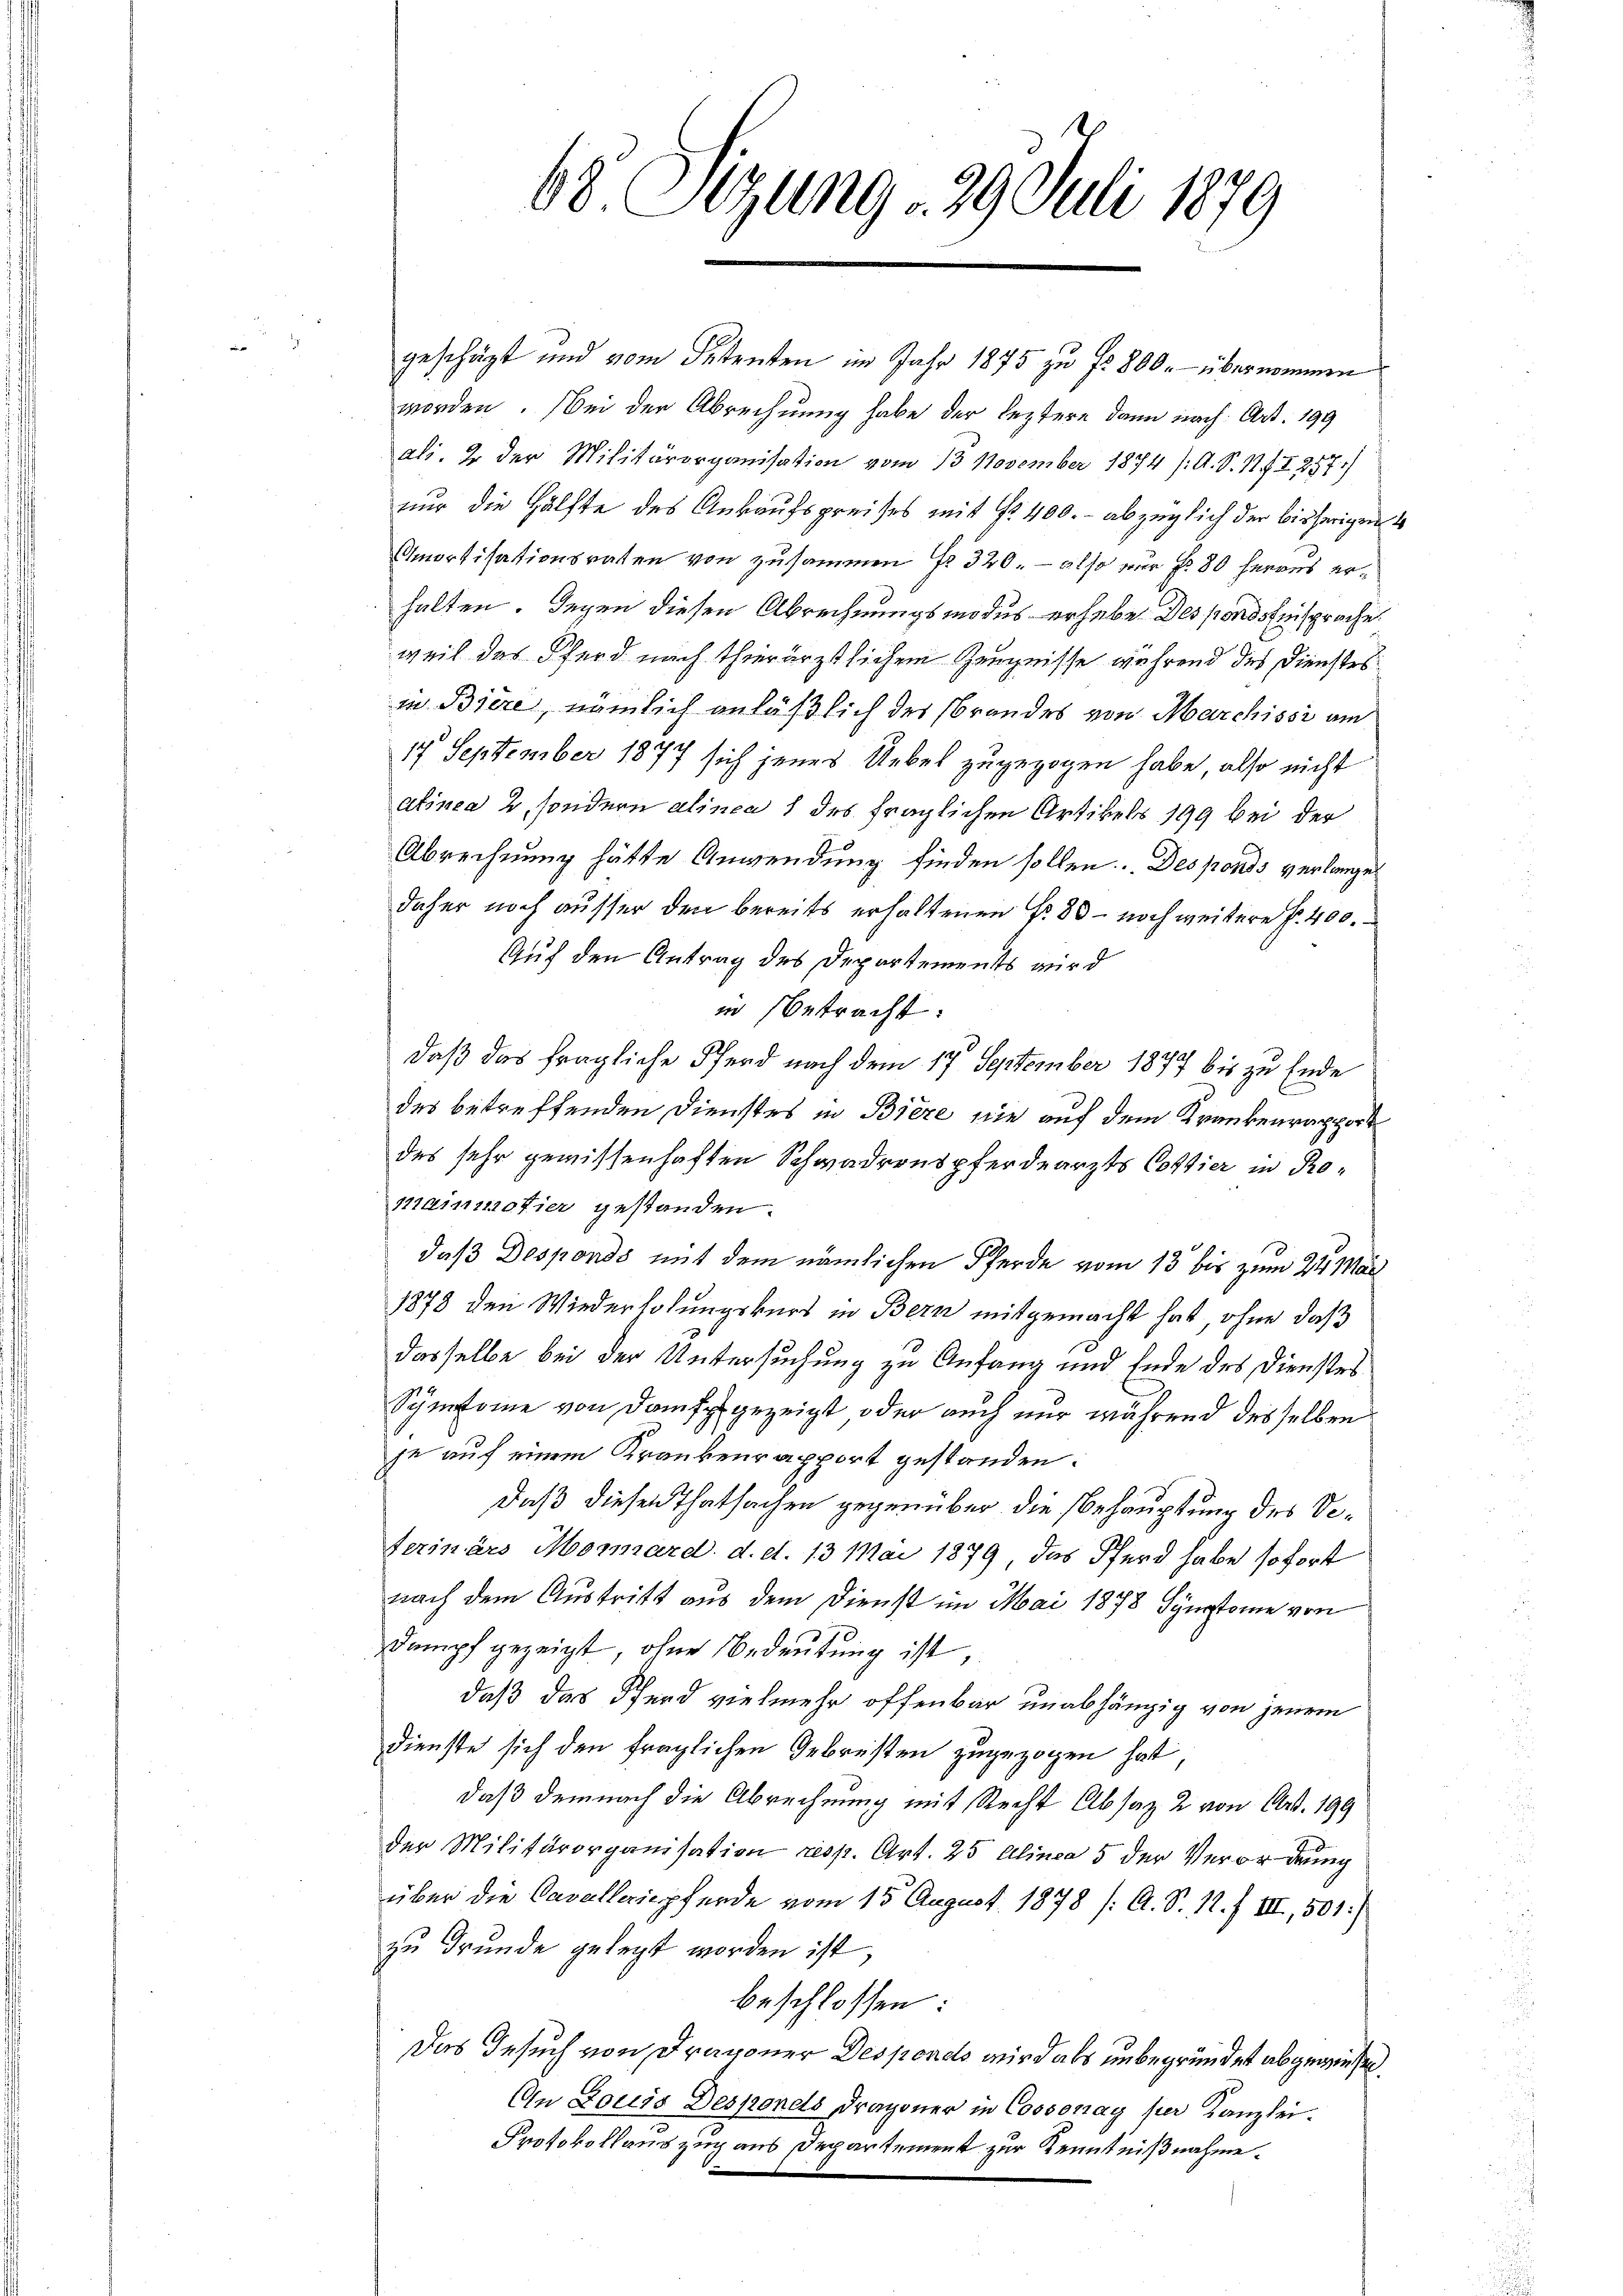
68 Sizung 29. Juli 1879

geschäft und vom Petenten im Jahr 1875 zu fr. 800. übernommen
worden. Bei der Abrechnung habe der leztere dann nach Art. 199
ali. Er der Militärorganisation vom 13. November 1874 /A. S. 11f I 257)
nur die Hälfte des Ankaufspreises mit No 400. - abzüglich der bisherigen
Amortisationsraten von zusammen Fr. 320. - also nur fr. 80 herrns erhalten. Gegen diesen Abrechnungsmodus erhebe. Des fondstinsprache.
weil des Pferd nach thierärztlichem Zeugnisse während des Dienstes
in Biere, nämlich anläßlich des Brandes von Marchissi am
17 September 1877 sich jenes Uebel zugezogen habe, also nicht
atinea 2, sondern alinen 1 des fraglichen Artikels 199 bei der
Abrechnung hätte Anwendung finden sollen. Desponds verlange
daher noch ausser den bereits erhaltenen Fr. 80 - noch weitere f. 400.
Auf den Antrag des Departements wird
in betracht:
daß das fragliche Pferd nach dem 17. September 1877 bis zu Ende
des betreffenden Dienstes in Biere nie auf dem Krankenrapport
des sehr gewissenhaften Schwadreuspferdearzts Costier in Romainmotier gestanden.
daß Desponds mit dem nämlichen Pferde vom 13 bis zum 24. Mär
1878 den Wiederholungskurs in Bern mitgemacht hat, ohne daß
dasselbe bei der Untersuchung zu Anfang und Ende des Dienstes
Symtome von Dampf gezeigt oder auch nur während desselben
je auf einem Krankenrapport gestanden.
daß diesen Thatsachen gegenüber die Behauptung des Veterinärs Mornard. d. d. 13 Mai 1879, das Pferd habe sofort
nach dem Austritt aus dem Dienst im Mai 1878 Symtome von
Dampf gezeigt, ohne Bedeutung ist,
daß das Pferd vielmehr offenbar unabhängig von jenem
Dienste sich den fraglichen Gebresten zugezogen hat
daß demnach die Abrechnung mit Recht Absaz 2 von Art. 199
der Militärorganisation resp. Art. 25 Alinea 5 der Verordnung
über die Cavalleriepferde vom 15. August 1878 /: A. S. 1. f. III, 501:)
zu drunde gelegt worden ist,
beschlossen:
Das Gesuch von Dragoner Desponds wird als unbegründet abgegensten.
An Louis Desponds Dragoner in Cossonay per Kanzlei.
Protokollauszug aus Departement zur Kenntnißnahme.